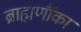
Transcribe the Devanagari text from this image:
ब्राह्मणौंका